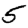
Digit: 5